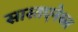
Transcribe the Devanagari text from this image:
सास्तएनेब्ल